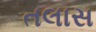
તલાસ